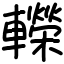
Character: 𨏍